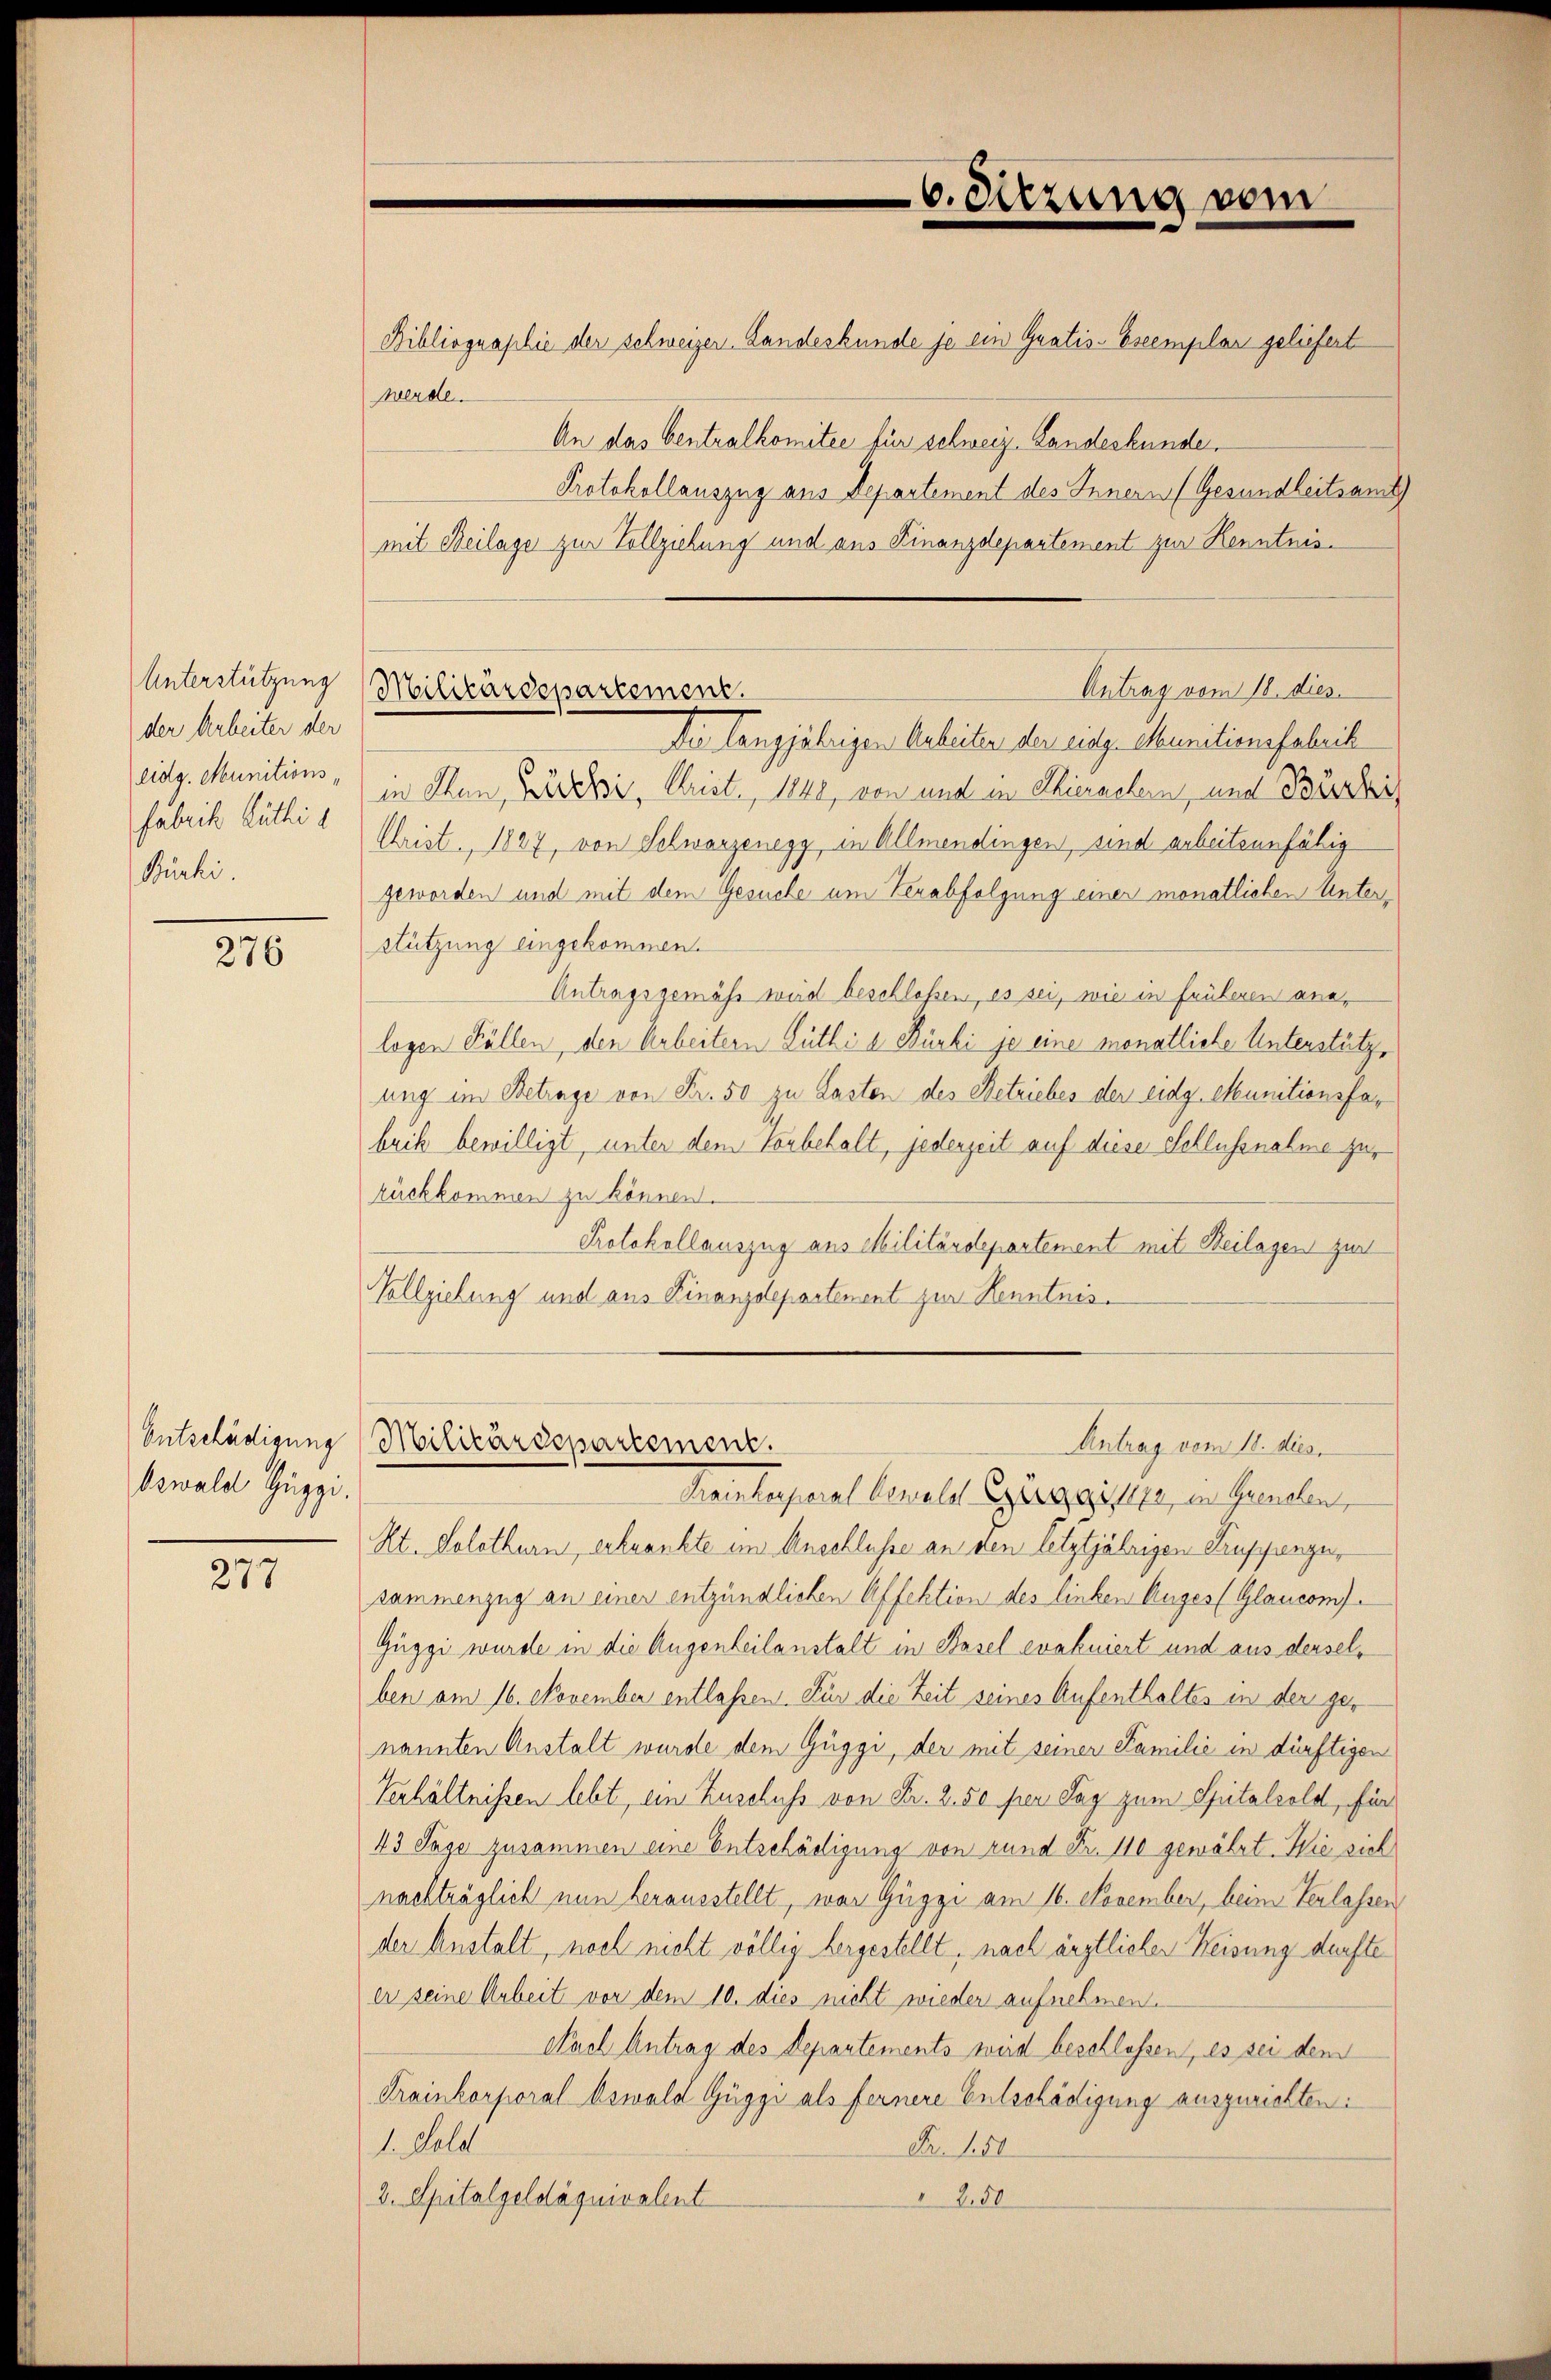
Unterstützung
der Arbeiter der
eidg. Munitionsfabrik Rüthi
Bürhi.

276

Entschädigung.
Oswald Guggi.

277

6. Sitzung vom

Antrag vom 18. dies
Militärdepartement.
De langjährigen Arbeiten der eidg. Munitionsfabrik

Bibliographie der schweizer Landeskunde je ein Gratis-Escemplar geliefert
werde.
An das Centralkomitee für schweiz. Landeskunde
Protokollauszug aus Departement des Innern (Gesundheitsamt
mit Beilage zur Vollziehung und aus Finanzdepartement zur Kenntnisin Plan, Löschi, Krist, 1848, von und in Thierachen, und Bürkis
Christ. 1827, von Schwarzenegg, in Allmendingen, sind arbeitsunfähig
geworden und mit dem Gesuche um Verabfolgung einer monatlichen Unter¬
Stützung eingekommen.
Antragsgemäß wird beschloßen, es sei, wie in früheren analogen Fällen, den Arbeitern Lüthie Bürki je eine monatliche Unterstützung im Betrage von Fr. 50 zu Lasten des Betriebes der eidg. Munitionsfabrik bewilligt, unter dem Vorbehalt, jederzeit auf diese Schlussnahme zur
rückkommen zu können.
Protokollauszug aus Militärdepartement mit Beilagen zur
Vollziehung und aus Finanzdepartenent zur Kenntnis¬

Militärdepartement.
Antrag vom 18. dies
Krankesperal Kowald Giragister, in Gemalen,

Kt. Solothurn, erkrankte im Anschlusse an den letztjährigen Ausgangen,
sammenzug an einer entzündlichen Affektion des linken Auges (Glancom¬
Güggi wurde in die Augenheilanstalt in Basel eratuiert und aus derselben am 16. November entlassen. Für die Zeit seines Aufenthaltes in der genannten Anstalt wurde dem Güggi, der mit seiner Familie in dürftigen
Verhältnissen lebt, ein Zuschuss von Fr. 2. 50 per Tag zum Spitalvold, für
43 Tage zusammen eine Entschädigung von rund Fr. 110 gewährt. Wie sich
nachträglich nun herausstellt, war Guggi am 16. November, beim Verlassen
der Anstalt, noch nicht völlig hergestellt, nach ärztlicher Weisung dürfte
er seine Arbeit vor dem 10. dies nicht wieder aufnehmen.
Nach Antrag des Departements wird beschlossen, es sei dem
Krainkorporal Oswald Güggi als fernere Entschädigung auszurichten:
1. Feld
Fr. 150
3. Spitalgeldáquivalent
2.50